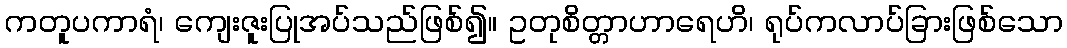
ကတူပကာရံ၊ ကျေးဇူးပြုအပ်သည်ဖြစ်၍။ ဥတုစိတ္တာဟာရေဟိ၊ ရုပ်ကလာပ်ခြားဖြစ်သော